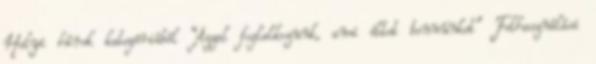
Helyi hírek kategóriából “Azzal foglalkozunk, ami éltet bennünket” Felhasználási